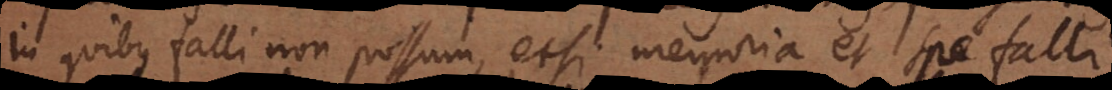
In quibus falli non possum, etsi memoria et spe falli